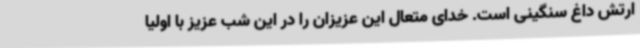
ارتش داغ سنگینی است. خدای متعال این عزیزان را در این شب عزیز با اولیا